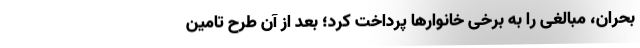
بحران، مبالغی را به برخی خانوارها پرداخت کرد؛ بعد از آن طرح تامین